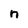
Character: n